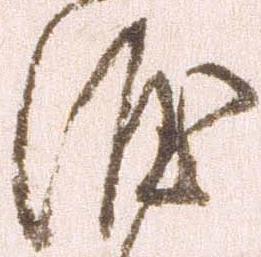
涯